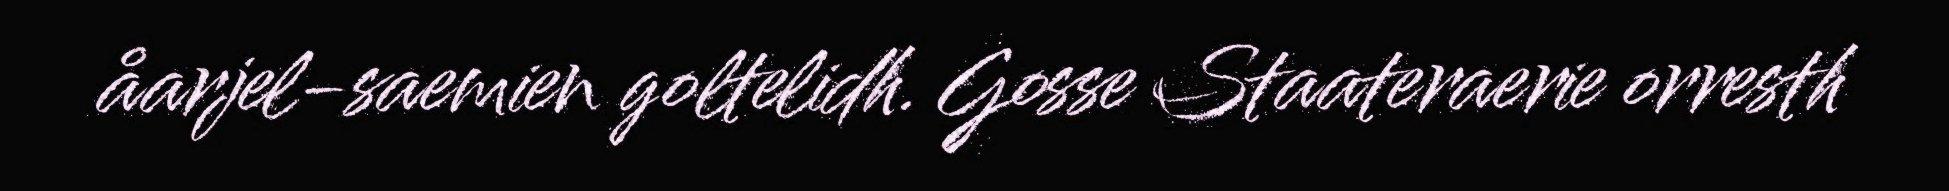
åarjel-saemien goltelidh. Gosse Staateraerie orresth